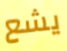
يشع